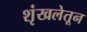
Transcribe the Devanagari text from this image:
शृंखलेतून